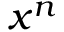
x ^ { n }